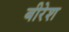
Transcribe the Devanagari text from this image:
बीरेश